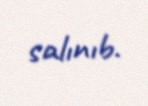
salınıb.